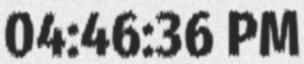
04:46:36 PM